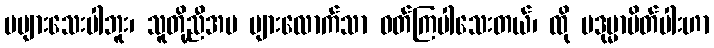
မများသေးပါဘူး၊ သူတို့ညီအမ များလောက်သာ ဝတ်ကြပါသေးတယ်၊ ထို ပဒုမ္မာပိတ်ပါးဟာ